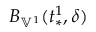
B _ { \mathbb { V } ^ { 1 } } ( t _ { * } ^ { 1 } , \delta )